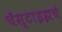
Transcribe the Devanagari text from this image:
चॅस्टाइझचे